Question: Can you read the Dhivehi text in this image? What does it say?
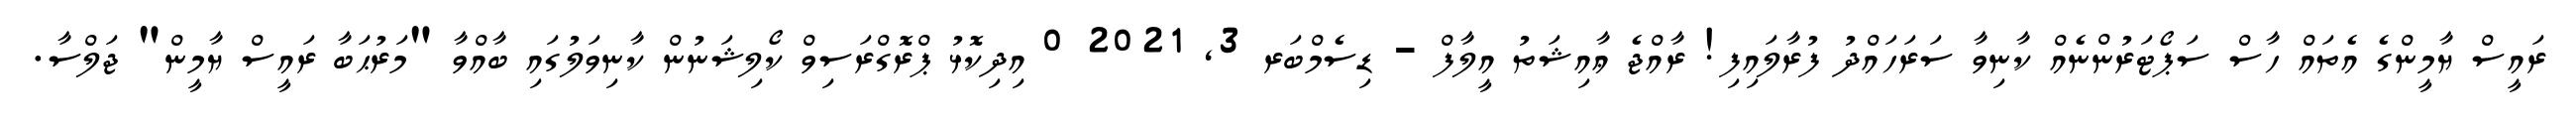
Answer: ރައީސް ޔާމީންގެ އެތައް ހާސް ސަޕޯޓަރުންނެއް ކާނިވާ ސަރަހައްދު ފުރާލައިފި! ރާއްޖެ ޢާއިޝަތު އީލާފް - ޑިސެމްބަރ 3, 2021 0 އިދިކޮޅު ޕްރޮގްރަސިވް ކޯލިޝަނުން ކާނިވަލުގައި ބާއްވާ "މަރުޙަބާ ރައީސް ޔާމީން" ޖަލްސާ.